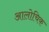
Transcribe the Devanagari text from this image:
आलोचिक